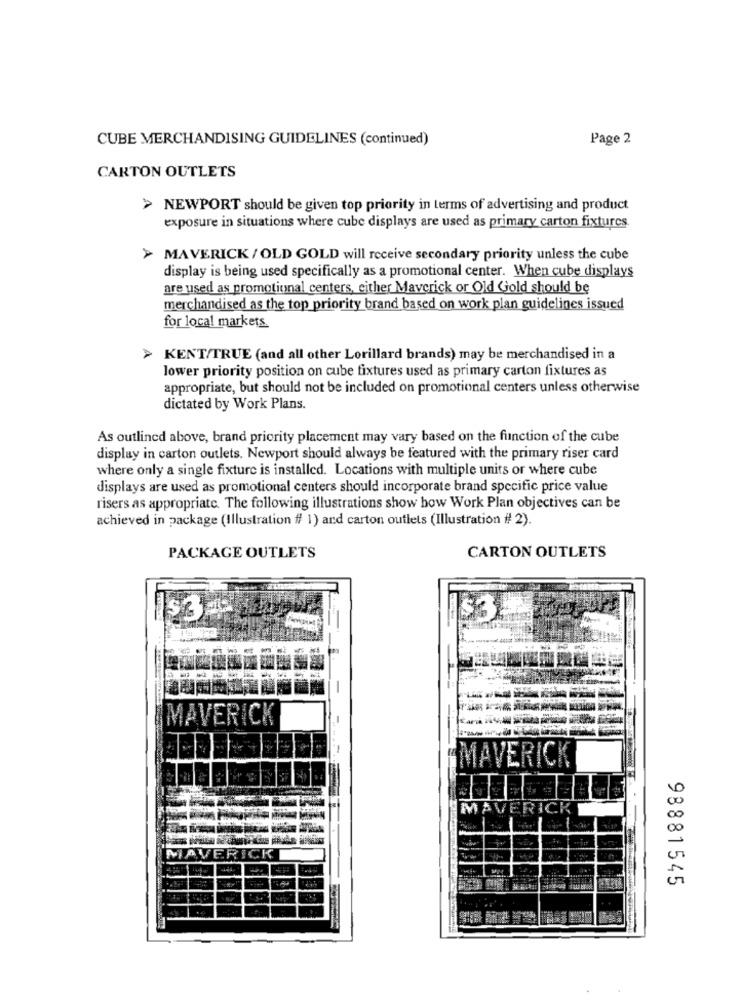
CUBE MERCHANDISING GUIDELINES (continued)
Page 2
CARTON OUTLETS
> NEWPORT should be given top priority in terms of advertising and product
exposure in situations where cube displays are used as primary carton fixtures.
> MAVERICK / OLD GOLD will receive secondary priority unless the cube
display is being used specifically as a promotional center. When cube displays
are used as promotional centers, either Maverick or Old Gold should be
merchandised as the top priority brand based on work plan guidelines issued
for local markets.
> KENT/TRUE (and all other Lorillard brands) may be merchandised in a
lower priority position on cube fixtures used as primary carton fixtures as
appropriate, but should not be included on promotional centers unless otherwise
dictated by Work Plans.
As outlined above, brand priority placement may vary based on the function of the cube
display in carton outlets. Newport should always be featured with the primary riser card
where only a single fixture is installed. Locations with multiple units or where cube
displays are used as promotional centers should incorporate brand specific price value
risers as appropriate. The following illustrations show how Work Plan objectives can be
achieved in package (Illustration # 1) and carton outlets (Illustration # 2).
CARTON OUTLETS
PACKAGE OUTLETS
MAVERICK
MAVERICK
MAVERICK
MAVERICK
98881545